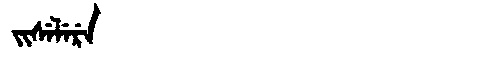
Manchu: ᠵᡳᠰᡝᠯᡝᡵᡝ
Romanization: JISELERE